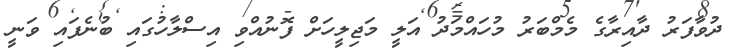
ދުވާފަރު ދާއިރާގެ މެމްބަރު މުހައްމަދު އަލީ މަޖިލީހަށް ފޮނުއްވި އިސްލާހުގައި ބުނެފައި ވަނީ